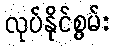
လုပ်နိုင်စွမ်း